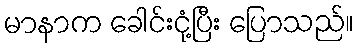
မာနာက ခေါင်းငုံ့ပြီး ပြောသည်။